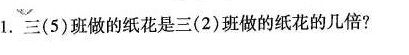
1.三(5)班做的纸花是三(2)班做的纸花的几倍?